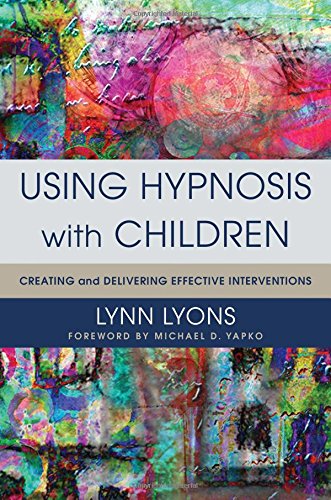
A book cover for Using Hypnosis with Children: Creating and Delivering Effective Interventions; Lynn Lyons; Health, Fitness & Dieting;